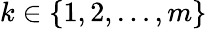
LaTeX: k\in\{ 1,2,\dots,m\}